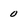
Character: 0